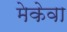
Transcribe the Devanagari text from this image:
मेकेवा